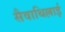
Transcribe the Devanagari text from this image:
सैवाथिल्लाई